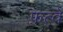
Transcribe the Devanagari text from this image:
फ़त्वे